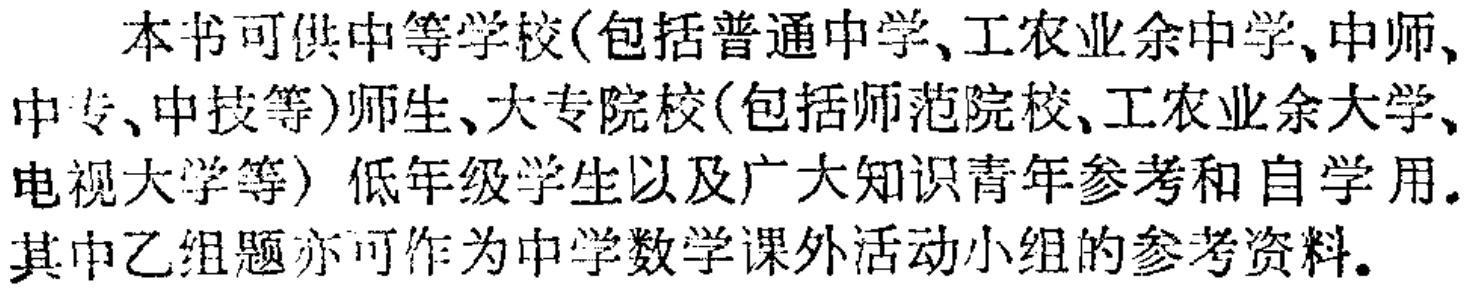
本书可供中等学校(包括普通中学、工农业余中学、中师、中专、中技等)师生、大专院校(包括师范院校、工农业余大学、电视大学等）低年级学生以及广大知识青年参考和自学用.其中乙组题亦可作为中学数学课外活动小组的参考资料.